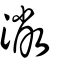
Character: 潎